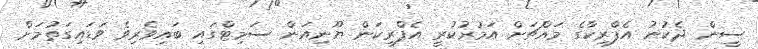
ސީން ދެކުނު އެފްރިކާގެ މައްޗަށް އަމުރުކުރީ އެފްރިކަން ޔޫނިއަން ސަމިޓްގައި ބައިވެރިވެ ވަޑައިގަތުމަށް